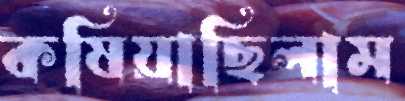
কষিয়াছিলাম